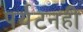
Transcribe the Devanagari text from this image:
पर्यटनही